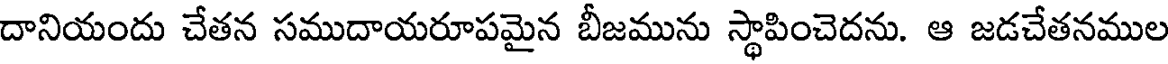
దానియందు చేతన సముదాయరూపమైన బీజమును స్థాపించెదను. ఆ జడచేతనముల